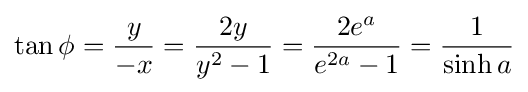
\tan \phi ={\frac {y}{-x}}={\frac {2y}{y^{2}-1}}={\frac {2e^{a}}{e^{2a}-1}}={\frac {1}{\sinh a}}